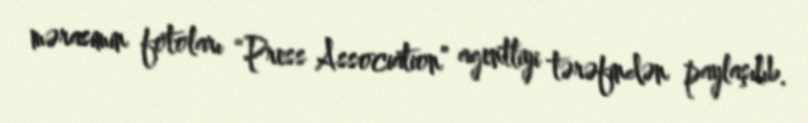
mərasimin fotoları “Press Association” agentliyi tərəfindən paylaşılıb.